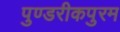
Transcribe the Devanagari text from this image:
पुण्डरीकपुरम